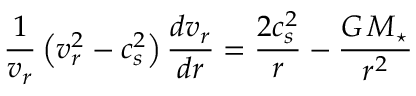
\frac { 1 } { v _ { r } } \left( v _ { r } ^ { 2 } - c _ { s } ^ { 2 } \right) \frac { d v _ { r } } { d r } = \frac { 2 c _ { s } ^ { 2 } } { r } - \frac { G \, M _ { \star } } { r ^ { 2 } }